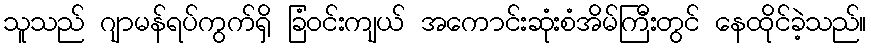
သူသည် ဂျာမန်ရပ်ကွက်ရှိ ခြံဝင်းကျယ် အကောင်းဆုံးစံအိမ်ကြီးတွင် နေထိုင်ခဲ့သည်။